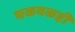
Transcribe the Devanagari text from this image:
चळवळही